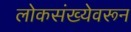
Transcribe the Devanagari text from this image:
लोकसंख्येवरून